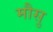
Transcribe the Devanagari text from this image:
मौसु